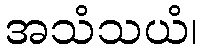
အသံသယံ၊